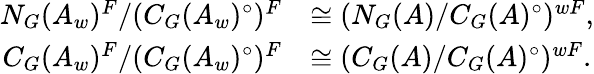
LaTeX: \begin{array}{rl}{N_{G}(A_{w})^{F}/(C_{G}(A_{w})^{\circ})^{F}}&{\cong(N_{G}(A)/C_{G}(A)^{\circ})^{wF},}\\ {C_{G}(A_{w})^{F}/(C_{G}(A_{w})^{\circ})^{F}}&{\cong(C_{G}(A)/C_{G}(A)^{\circ})^{wF}.}\end{array}